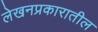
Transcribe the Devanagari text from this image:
लेखनप्रकारातील